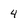
Character: 4